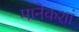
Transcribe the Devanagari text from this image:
मानेकशां